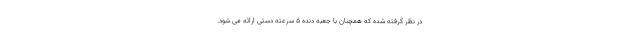
در نظر گرفته شده که همچنان با جعبه دنده 5 سرعته دستی ارائه می شود.